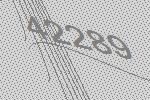
42289